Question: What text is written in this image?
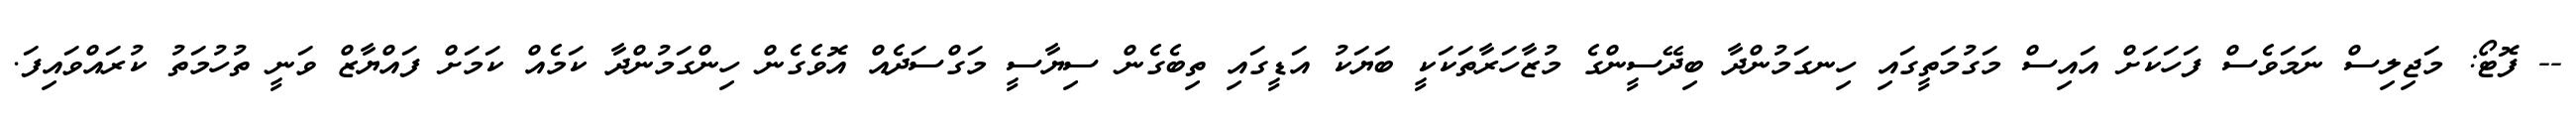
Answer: -- ފޮޓޯ: މަޖިލިސް ނަމަވެސް ފަހަކަށް އައިސް މަގުމަތީގައި ހިނގަމުންދާ ބިދޭސީންގެ މުޒާހަރާތަކަކީ ބަޔަކު އަޑީގައި ތިބެގެން ސިޔާސީ މަގްސަދެއް އޮވެގެން ހިންގަމުންދާ ކަމެއް ކަމަށް ފައްޔާޒް ވަނީ ތުހުމަތު ކުރައްވައިފަ.